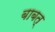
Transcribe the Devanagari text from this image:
बाबत्